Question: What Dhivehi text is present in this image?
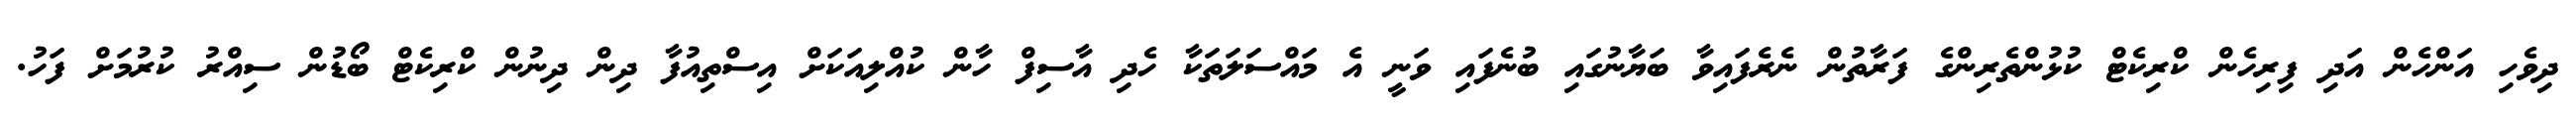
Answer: ދިވެހި އަންހެން އަދި ފިރިހެން ކްރިކެޓް ކުޅުންތެރިންގެ ފަރާތުން ނެރެފައިވާ ބަޔާނުގައި ބުނެފައި ވަނީ އެ މައްސަލަތަކާ ހެދި އާސިފް ހާން ކުއްލިއަކަށް އިސްތިއުފާ ދިން ދިނުން ކްރިކެޓް ބޯޑުން ސިއްރު ކުރުމަށް ފަހު.